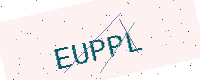
Text: EUPPL